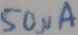
Text: 50µA